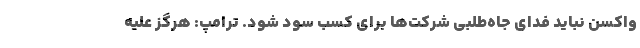
واکسن نباید فدای جاه‌طلبی شرکت‌ها برای کسب سود شود. ترامپ: هرگز علیه